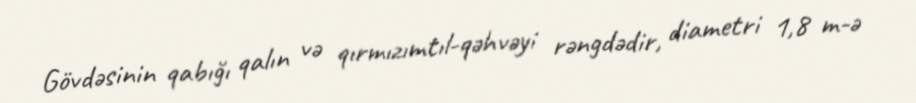
Gövdəsinin qabığı qalın və qırmızımtıl-qəhvəyi rəngdədir, diametri 1,8 m-ə